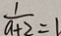
\frac { 1 } { a + 2 } = 1